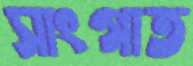
সাংগাত